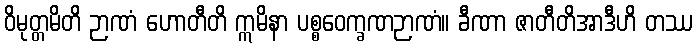
ဝိမုတ္တမိတိ ဉာဏံ ဟောတီတိ ဣမိနာ ပစ္စဝေက္ခဏဉာဏံ။ ခီဏာ ဇာတီတိအာဒီဟိ တဿ